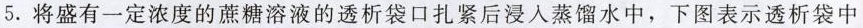
5. 将盛有一定浓度的蔗糖溶液的透析袋口扎紧后浸入蒸馏水中，下图表示透析袋中